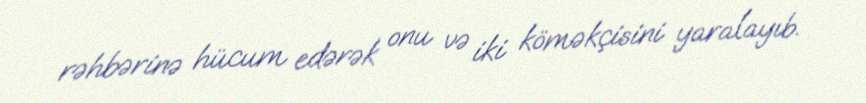
rəhbərinə hücum edərək onu və iki köməkçisini yaralayıb.